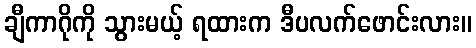
ချီကာဂိုကို သွားမယ့် ရထားက ဒီပလက်ဖောင်းလား။